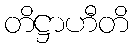
တိဋ္ဌာဟီတိ